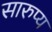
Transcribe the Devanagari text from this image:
सारुप्य